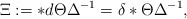
\begin{align*}\Xi := *d \Theta\Delta^{-1} = \delta * \Theta \Delta^{-1} ,\end{align*}